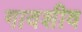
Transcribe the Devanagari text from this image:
गावशीव